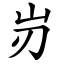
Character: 岃